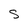
Character: S